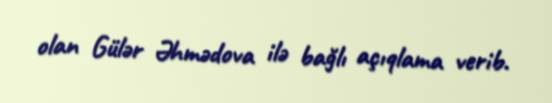
olan Gülər Əhmədova ilə bağlı açıqlama verib.